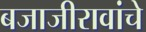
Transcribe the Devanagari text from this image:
बजाजीरावांचे